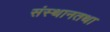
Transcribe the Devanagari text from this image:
संस्थानतथा